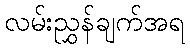
လမ်းညွှန်ချက်အရ